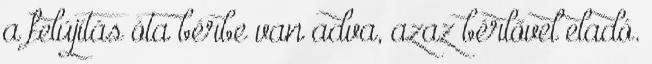
a felújítás óta bérbe van adva, azaz bérlővel eladó.